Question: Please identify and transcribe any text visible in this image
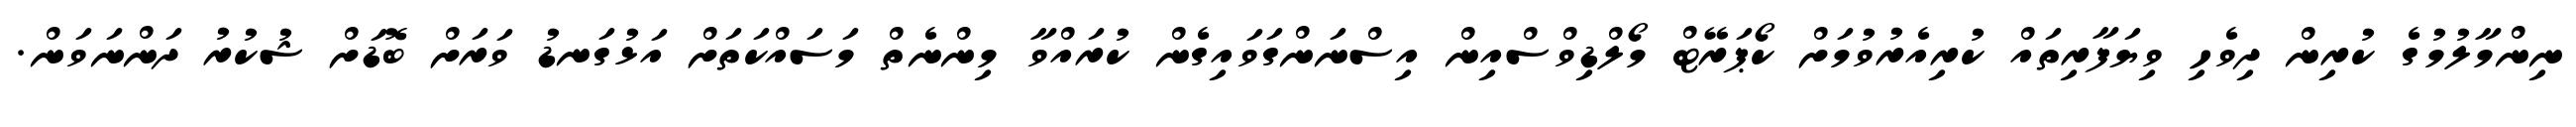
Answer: ނިންމާލުމުގެ ކުރިން ދިވެހި ވިޔަފާރިތައް ކުރިއެރުވުމަށް ކޯޕަރޭޓް މޯލްޑިވްސްއިން އިސްނަންގަވައިގެން ކުރައްވާ މިންނެތް މަސައްކަތަށް އަޅުގަނޑު ވަރަށް ބޮޑަށް ޝުކުރު ދަންނަވަން.